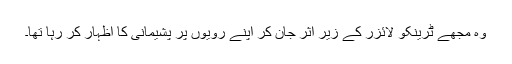
وہ مجھے ٹرینکو لائزر کے زیرِ اثر جان کر اپنے رویوں پر پشیمانی کا اظہار کر رہا تھا۔